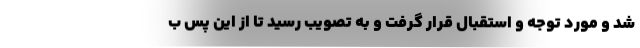
شد و مورد توجه و استقبال قرار گرفت و به تصویب رسید تا از این پس ب